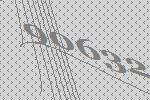
90632